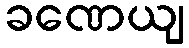
ခဏေယျ